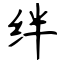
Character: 绊